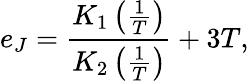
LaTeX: e_{J}=\frac{K_{1}\left(\frac{1}{T}\right)}{K_{2}\left(\frac{1}{T}\right)}+3T,